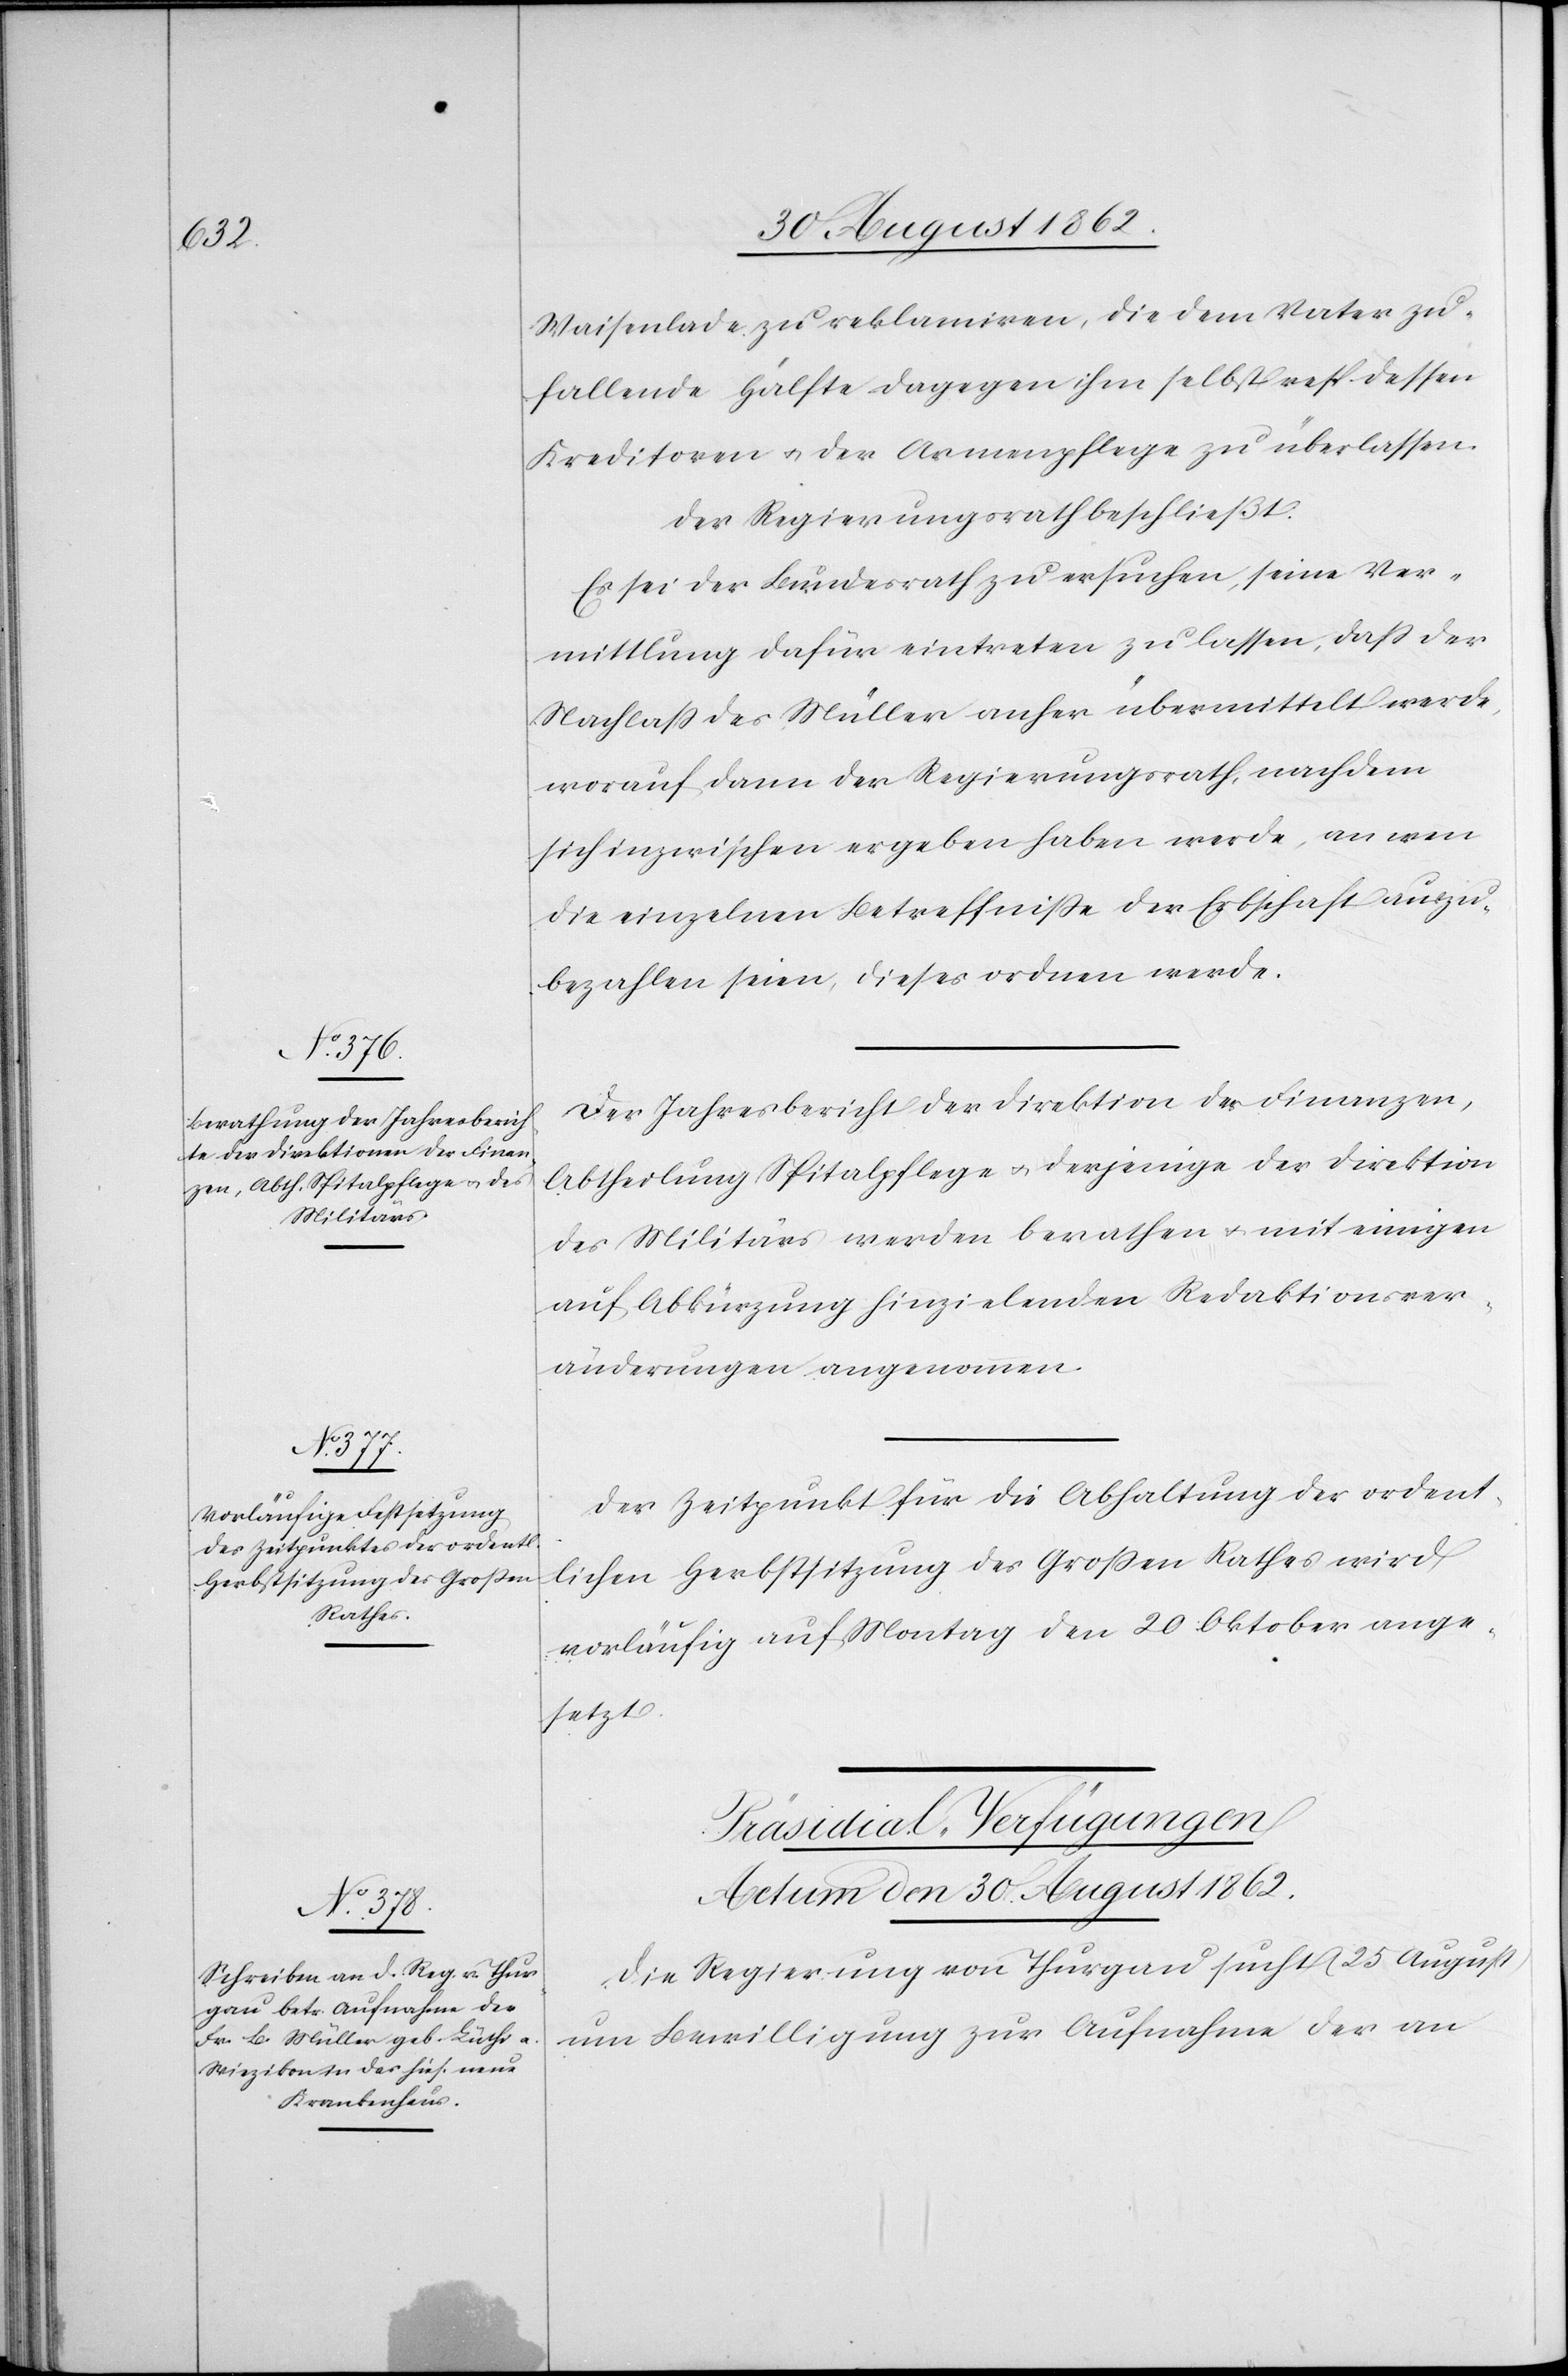
Waisenlade zu reklamiren, die dem Vater zu¬
fallende Hälfte dagegen ihm selbst resp. dessen
Kreditoren u. der Armenpflege zu überlassen.
Der Regierungsrath beschließt:
Es sei der Bundesrath zu ersuchen, seine Ver¬
mittlung dafür eintreten zu lassen, daß der
Nachlaß des Müller naher übermittelt werde,
worauf dann der Regierungsrath, nachdem
sich inzwischen ergeben haben werde, an wen
die einzelnen Betreffniße der Erbschaft auszu¬
bezahlen seien, dieses ordnen werde.
Der Jahresbericht der Direktion der Finanzen,
Abtheilung Spitalpflege u. derjenige der Direktion
des Militärs werden berathen u. mit einigen
auf Abkürzung hinzielenden Redaktionsver¬
änderungen angenommen.
Der Zeitpunkt für die Abhaltung der ordent¬
lichen Herbstsitzung des Großen Rathes wird
vorläufig auf Monat den 20. Oktober ange¬
setzt.
Präsidial-Verfügungen
Actum den 30. August 1862.
Die Regierung von Thurgau sucht (25. August)
um Bewilligung zur Aufnahme der an